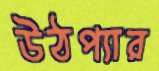
উঠপ্যার